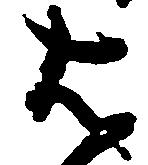
は